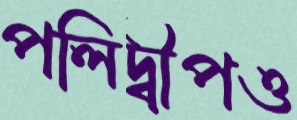
পলিদ্বীপও